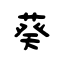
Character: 葵